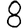
Digit: 8